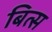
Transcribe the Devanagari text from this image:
बित्स